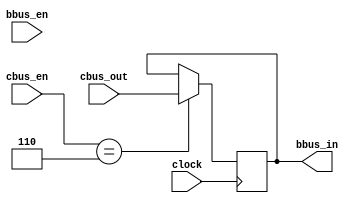
module reg3(	input [31:0] cbus_out,
					input clock,
					input [3:0] cbus_en,
					input [2:0] bbus_en,
					output wire [31:0] bbus_in);
					
	reg [31:0] data = 0;
	initial begin
		data = 0;
	end
	/*
	reg [31:0] b_out = 0;
	
	always @(posedge clock)
		begin 
			if (bbus_en == 3'b110)
				b_out <= data;
		end 
	*/
	always @(negedge clock)
		begin
			if (cbus_en == 4'b0110)
				data <= cbus_out;
		end
		
	assign bbus_in = data; 

endmodule